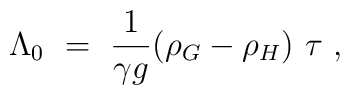
\Lambda_0 ~=~ {1 \over \gamma g} (\rho_G - \rho_H)~\tau \ ,